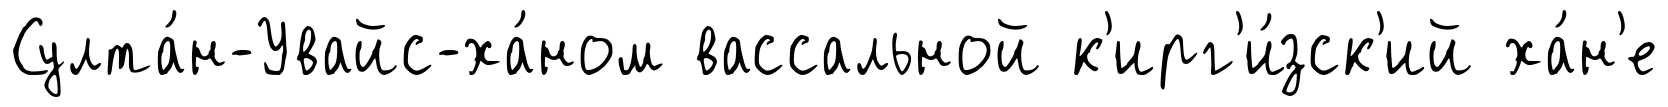
Султа́н-Увайс-ха́ном вассальной к'ирг'и́зск'ий ха́н'е